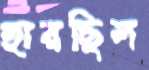
হারছিল